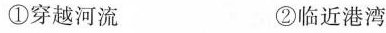
①穿越河流 ②临近港湾